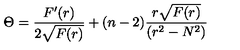
\Theta = \frac { F ^ { \prime } ( r ) } { 2 \sqrt { F ( r ) } } + ( n - 2 ) \frac { r \sqrt { F ( r ) } } { ( r ^ { 2 } - N ^ { 2 } ) }